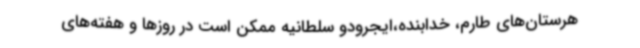
هرستان‌های طارم، خدابنده،ایجرودو سلطانیه ممکن است در روزها و هفته‌های